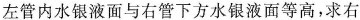
左管内水银液面与右管下方水银液面等高，求右